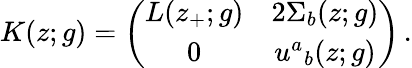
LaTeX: K(z;g)=\left(\begin{array}{cc}{{L(z_{+};g)}}&{{2\Sigma_{b}(z;g)}}\\ {{0}}&{{u^{a}{}_{b}(z;g)}}\end{array}\right)\, .